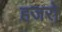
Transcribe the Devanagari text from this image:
हजरो